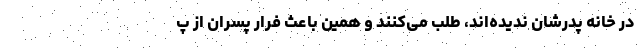
در خانه پدرشان ندیده‌اند، طلب می‌کنند و همین باعث فرار پسران از پ